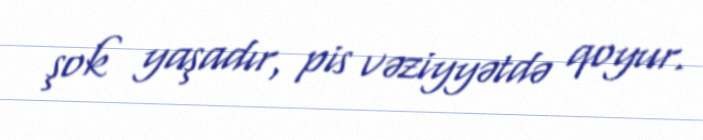
şok yaşadır, pis vəziyyətdə qoyur.